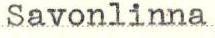
Savonlinna